Assam Mental Hospital (Tezpur, India) - 1933-1948
Year: 1933
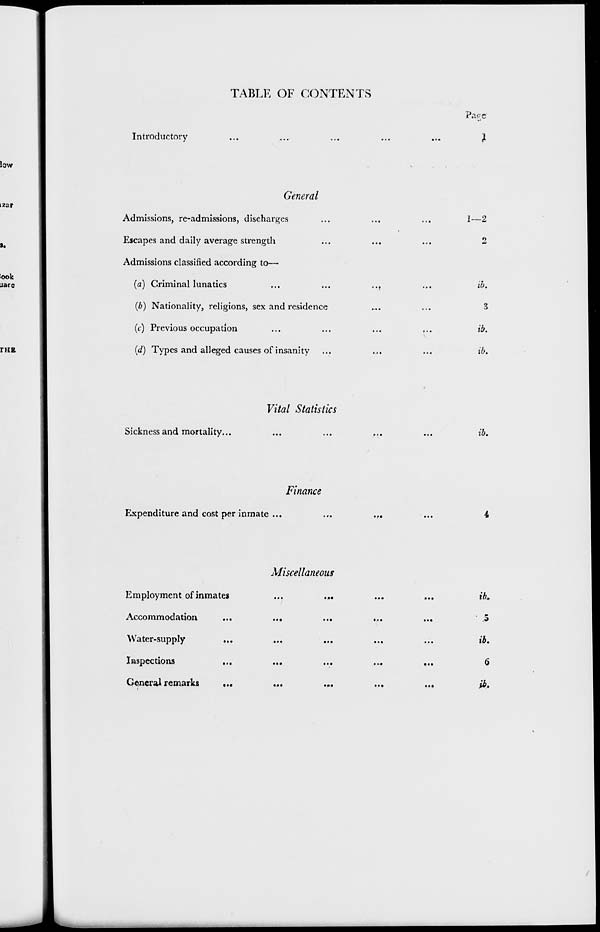
TABLE OF CONTENTS
Introductory ... ... ... ... ...
General
Admissions, re-admissions, discharges ... ... ...
Escapes and daily average strength ... ... ...
Admissions classified according to—
(a) Criminal lunatics
...
...
...
...
(b) Nationality, religions, sex and residence ... ...
(c) Previous occupation ... ... ... ...
(d) Types and alleged causes of insanity ... ... ...
Vital Statistics
Sickness and mortality... ... ... ... ...
Finance
Expenditure and cost per inmate ... ... ... ...
Miscellaneous
Employment of inmates ... ... ... ...
Accommodation
...
...
...
...
...
Water-supply ... ... ... ... ... ...
Inspections
...
...
...
...
...
General remarks
...
...
... ... ...
Page
1
1—2
2
ib.
3
ib.
ib.
ib.
4
ib.
5
ib.
6
ib.